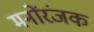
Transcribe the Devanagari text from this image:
मनोंरंजक